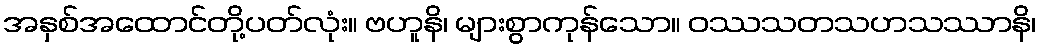
အနှစ်အထောင်တို့ပတ်လုံး။ ဗဟူနိ၊ များစွာကုန်သော။ ဝဿသတသဟသဿာနိ၊